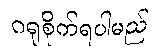
ဂရုစိုက်ရပါမည်